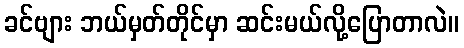
ခင်ဗျား ဘယ်မှတ်တိုင်မှာ ဆင်းမယ်လို့ပြောတာလဲ။